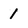
Character: 1